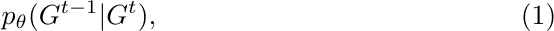
\begin{equation}
	p_{\theta}(G^{t-1}|G^t),
\end{equation}